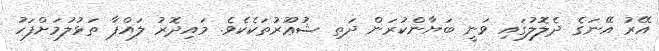
އޭރު އޭނަގެ ދެލޮލުގައި ވަނީ ބަޔާންކުރަން ދަތި ޝުޢޫރުތަކެކެވެ. މައިދޮރު ލައްޕާ ތަޅުލުމަށްފަހު